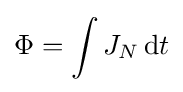
\Phi =\int {J_{N}}\,{\rm {d}}t